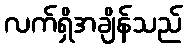
လက်ရှိအချိန်သည်